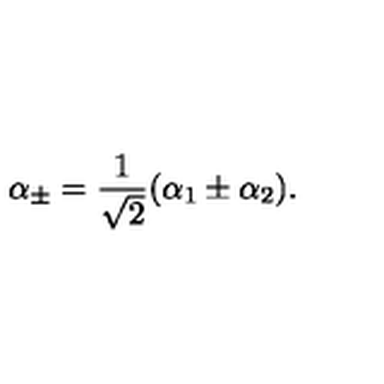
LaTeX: \alpha _ { \pm } = { \frac { 1 } { \sqrt 2 } } ( \alpha _ { 1 } \pm \alpha _ { 2 } ) .